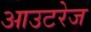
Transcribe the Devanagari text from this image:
आउटरेज